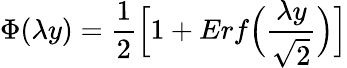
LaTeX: \Phi(\lambda y)=\frac{1}{2}\Bigl[1+Erf\Bigl(\frac{\lambda y}{\sqrt{2}}\Bigr)\Bigr]